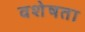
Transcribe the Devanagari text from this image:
वशेषता